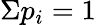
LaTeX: \Sigma p_{i}=1